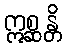
ဣစ္ဆန္တိ